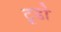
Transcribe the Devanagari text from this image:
टूडो